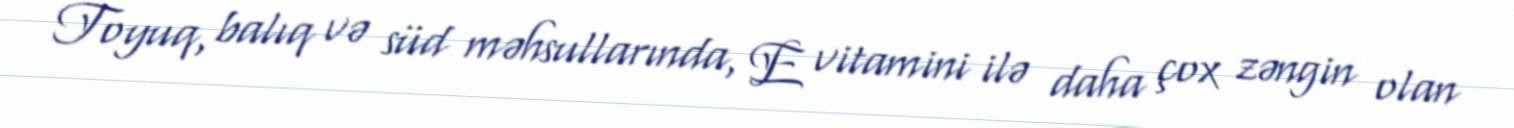
Toyuq, balıq və süd məhsullarında, E vitamini ilə daha çox zəngin olan